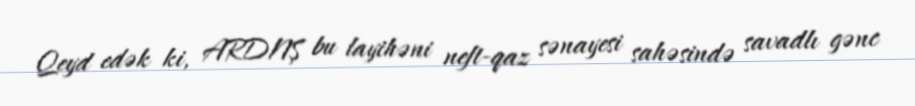
Qeyd edək ki, ARDNŞ bu layihəni neft-qaz sənayesi sahəsində savadlı gənc